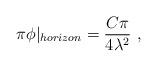
LaTeX: \begin{align*}\pi\phi\vert_{horizon}=\frac{C\pi}{4\lambda^2} \ ,\end{align*}